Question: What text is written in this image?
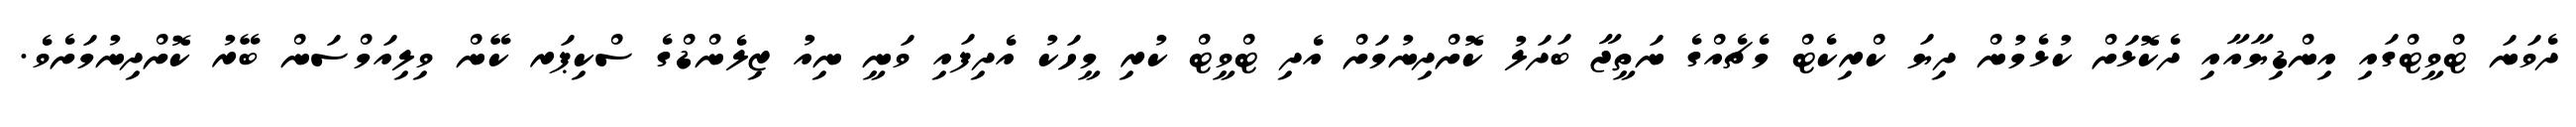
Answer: ދެވަނަ ޓްވީޓްގައި އިންޑިޔާއާއި ދެކޮޅަށް ކުޅެމުން ދިޔަ ކްރިކެޓް މެޗެއްގެ ނަތީޖާ ބަދަލު ކޮށްދިނުމަށް އެދި ޓްވީޓް ކުރި މީހަކު އެދިފައި ވަނީ ނިއު ޒިލެންޑްގެ ސްކިޕަރ ކޭން ވިލިއަމްސަން ބޭރު ކޮށްދިނުމަށެވެ.